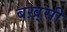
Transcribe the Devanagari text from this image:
बख़्सी